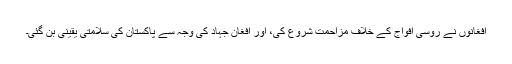
افغانوں نے روسی افواج کے خلاف مزاحمت شروع کی، اور افغان جہاد کی وجہ سے پاکستان کی سلامتی یقینی بن گئی۔